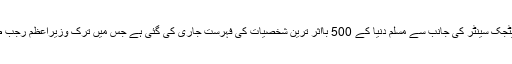
اردن کے رائل اسلامک اسٹریٹجک سینٹر کی جانب سے مسلم دنیا کے 500 بااثر ترین شخصیات کی فہرست جاری کی گئی ہے جس میں ترک وزیراعظم رجب طیب اردوان سہر فہرست ہیں۔